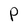
Character: P